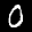
Label: 0